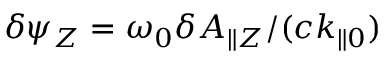
\delta \psi _ { Z } = \omega _ { 0 } \delta A _ { \parallel Z } / ( c k _ { \parallel 0 } )